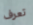
تعرف